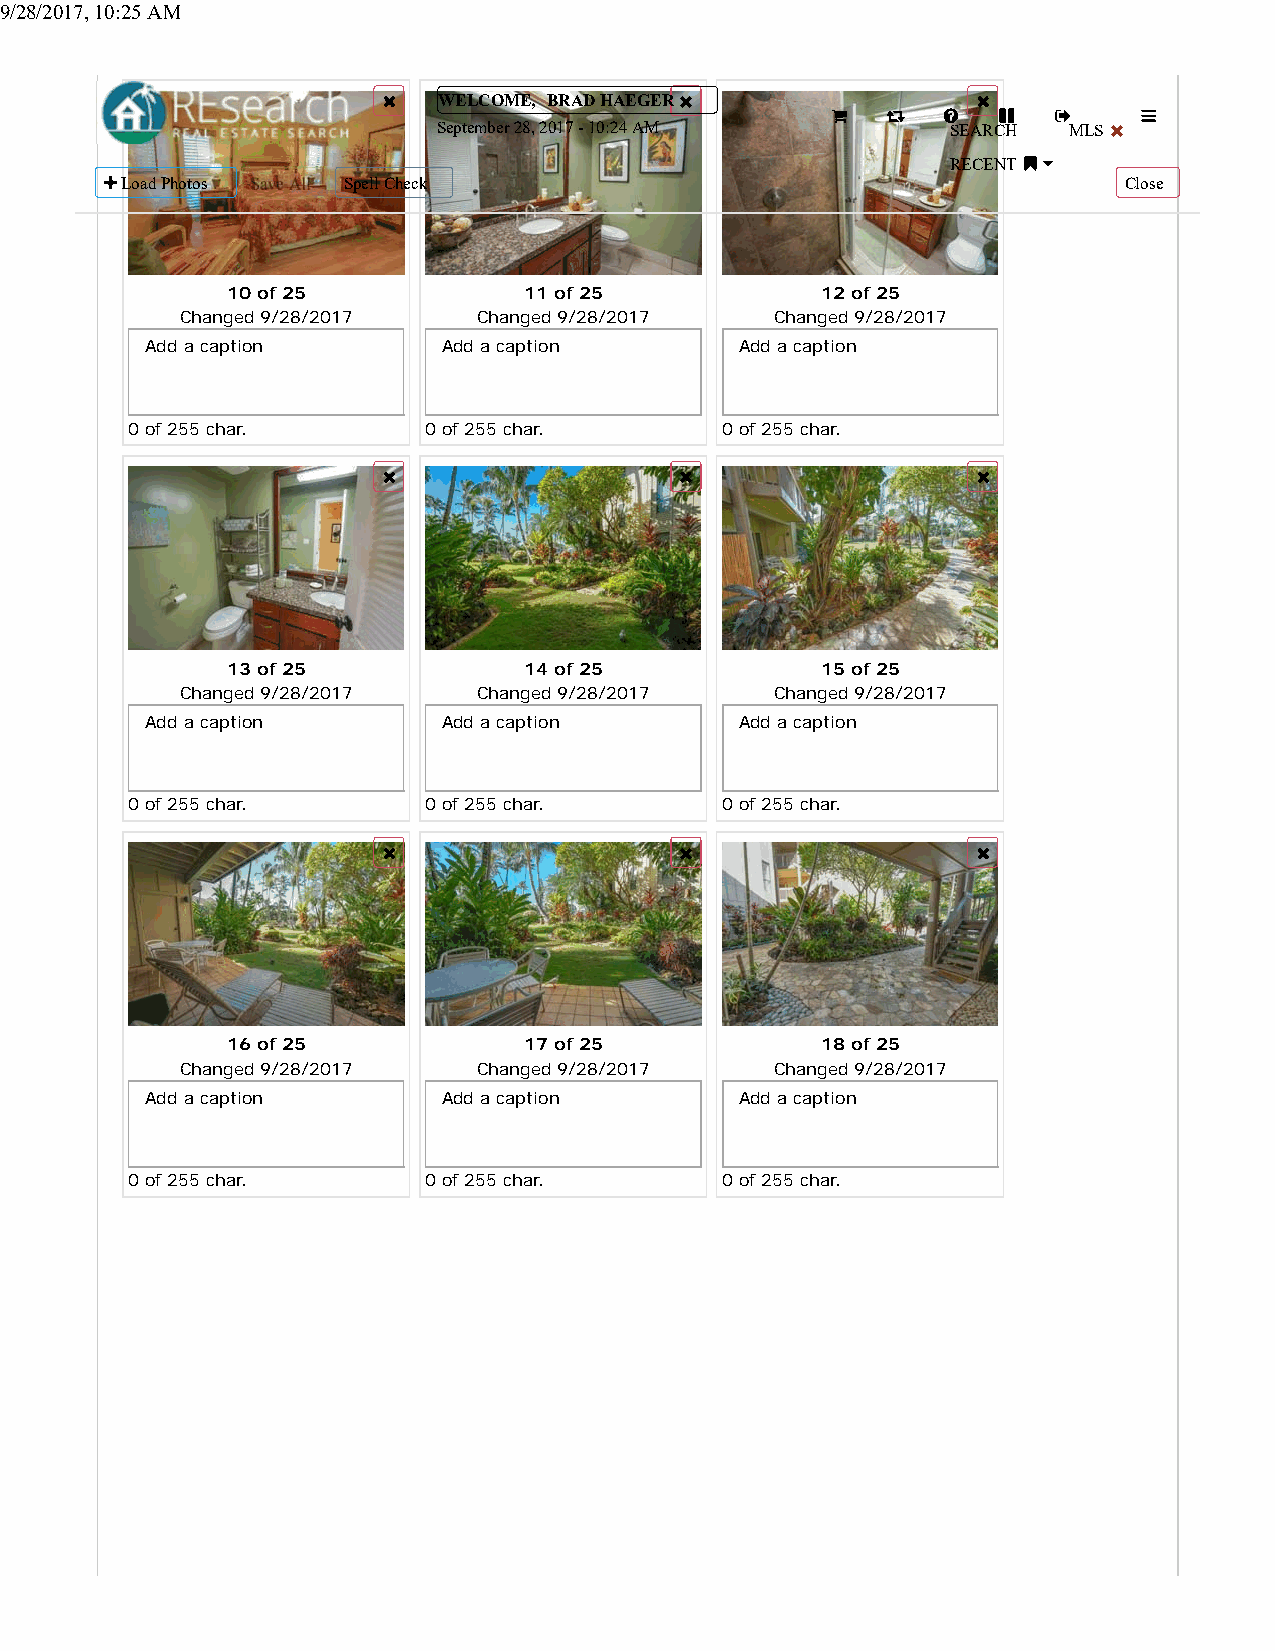
9/28/2017, 10:25 AM
 WELCOME, BRAD HAEGER
 September 28, 2017 - 10:24 AM     SEARCH  MLS
 RECENT
 Load Photos    Spell Check                                        Close
 10 of 25            11 of 25           12 of 25
 Changed 9/28/2017   Changed 9/28/2017  Changed 9/28/2017
 Add a caption      Add a caption       Add a caption
 0 of 255 char.      0 of 255 char.      0 of 255 char.
 13 of 25            14 of 25           15 of 25
 Changed 9/28/2017   Changed 9/28/2017  Changed 9/28/2017
 Add a caption      Add a caption       Add a caption
 0 of 255 char.      0 of 255 char.      0 of 255 char.
 16 of 25            17 of 25           18 of 25
 Changed 9/28/2017   Changed 9/28/2017  Changed 9/28/2017
 Add a caption      Add a caption       Add a caption
 0 of 255 char.      0 of 255 char.      0 of 255 char.